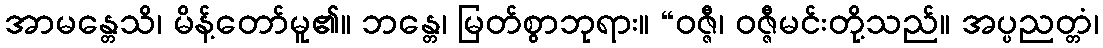
အာမန္တေသိ၊ မိန့်တော်မူ၏။ ဘန္တေ၊ မြတ်စွာဘုရား။ “ဝဇ္ဇီ၊ ဝဇ္ဇီမင်းတို့သည်။ အပ္ပညတ္တံ၊